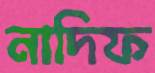
নাদিফ